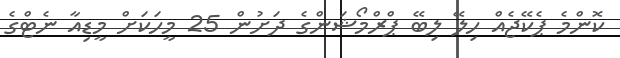
ކޮންމެ ޕެކޭޖެއް ހިލޭ ލިބޭ ޕްރްމޯޝަންގެ ދަށުން 25 މީހަކަށް މީޑިއާ ނެޓްގެ